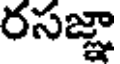
రసజ్ఞా